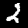
Label: 2